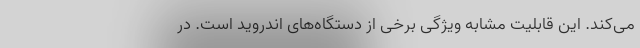
می‌کند. این قابلیت مشابه ویژگی برخی از دستگاه‌های اندروید است. در